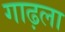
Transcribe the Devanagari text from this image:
गाढ़ला